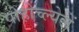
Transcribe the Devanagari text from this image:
पोहोच्ल्येलें